Civil Veterinary Dept. Bombay admin report 1893-99 - 1893-1899
Year: 1893
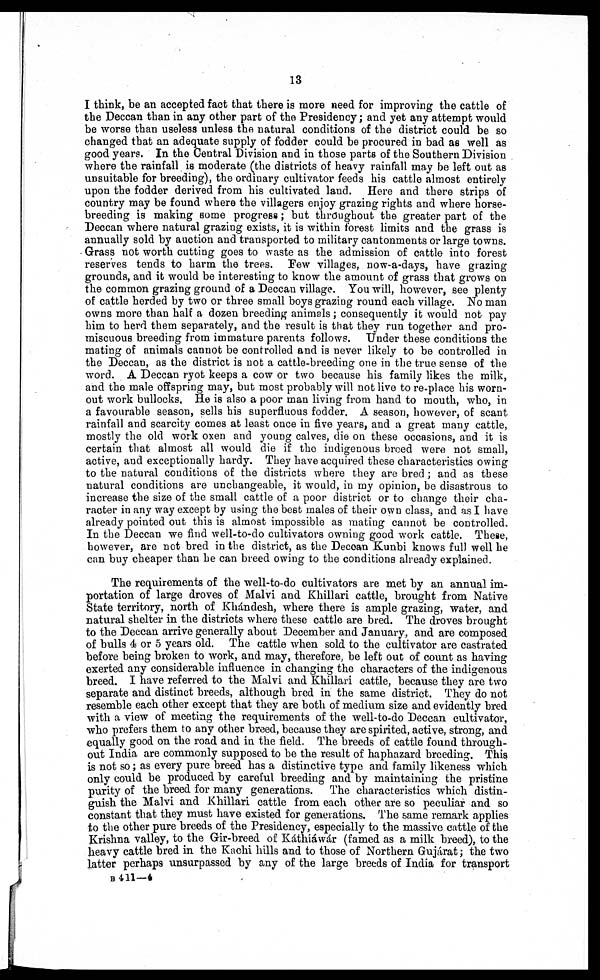
13
I think, be an accepted fact that there is more need for improving the cattle of
the Deccan than in any other part of the Presidency; and yet any attempt would
be worse than useless unless the natural conditions of the district could be so
changed that an adequate supply of fodder could be procured in bad as well as
good years. In the Central Division and in those parts of the Southern Division
where the rainfall is moderate (the districts of heavy rainfall may be left out as
unsuitable for breeding), the ordinary cultivator feeds his cattle almost entirely
upon the fodder derived from his cultivated land. Here and there strips of
country may be found where the villagers enjoy grazing rights and where horse-
breeding is making some progress; but throughout the greater part of the
Deccan where natural grazing exists, it is within forest limits and the grass is
annually sold by auction and transported to military cantonments or large towns.
Grass not worth cutting goes to waste as the admission of cattle into forest
reserves tends to harm the trees. Few villages, now-a-days, have grazing
grounds, and it would be interesting to know the amount of grass that grows on
the common grazing ground of a Deccan village. You will, however, see plenty
of cattle herded by two or three small boys grazing round each village. No man
owns more than half a dozen breeding animals; consequently it would not pay
him to herd them separately, and the result is that they run together and pro-
miscuous breeding from immature parents follows. Under these conditions the
mating of animals cannot be controlled and is never likely to be controlled in
the Deccan, as the district is not a cattle-breeding one in the true sense of the
word. A Deccan ryot keeps a cow or two because his family likes the milk,
and the male offspring may, but most probably will not live to re-place his worn-
out work bullocks. He is also a poor man living from hand to mouth, who, in
a favourable season, sells his superfluous fodder. A season, however, of scant
rainfall and scarcity comes at least once in five years, and a great many cattle,
mostly the old work oxen and young calves, die on these occasions, and it is
certain that almost all would die if the indigenous breed were not small,
active, and exceptionally hardy. They have acquired these characteristics owing
to the natural conditions of the districts where they are bred ; and as these
natural conditions are unchangeable, it would, in my opinion, be disastrous to
increase the size of the small cattle of a poor district or to change their cha-
racter in any way except by using the best males of their own class, and as I have
already pointed out this is almost impossible as mating cannot be controlled.
In the Deccan we find well-to-do cultivators owning good work cattle. These,
however, are not bred in the district, as the Deccan Kunbi knows full well he
can buy cheaper than he can breed owing to the conditions already explained.
The requirements of the well-to-do cultivators are met by an annual im-
portation of large droves of Malvi and Khillari cattle, brought from Native
State territory, north of Khándesh, where there is ample grazing, water, and
natural shelter in the districts where these cattle are bred. The droves brought
to the Deccan arrive generally about December and January, and are composed
of bulls 4 or 5 years old. The cattle when sold to the cultivator are castrated
before being broken to work, and may, therefore, be left out of count as having
exerted any considerable influence in changing the characters of the indigenous
breed. I have referred to the Malvi and Khillari cattle, because they are two
separate and distinct breeds, although bred in the same district. They do not
resemble each other except that they are both of medium size and evidently bred
with a view of meeting the requirements of the well-to-do Deccan cultivator,
who prefers them to any other breed, because they are spirited, active, strong, and
equally good on the road and in the field. The breeds of cattle found through-
out India are commonly supposed to be the result of haphazard breeding. This
is not so; as every pure breed has a distinctive type and family likeness which
only could be produced by careful breeding and by maintaining the pristine
purity of the breed for many generations. The characteristics which distin-
guish the Malvi and Khillari cattle from each other are so peculiar and so
constant that they must have existed for generations. The same remark applies
to the other pure breeds of the Presidency, especially to the massive cattle of the
Krishna valley, to the Gir-breed of Káthiáwár (famed as a milk breed), to the
heavy cattle bred in the Kachi hills and to those of Northern Gujárat; the two
latter perhaps unsurpassed by any of the large breeds of India for transport
B
411—4